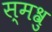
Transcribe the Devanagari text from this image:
स्मश्रु